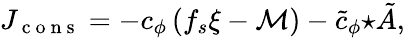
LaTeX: J_{\mathrm{~c~o~n~s~}}=-c_{\phi}\left(f_{s}\xi-{\cal M}\right)-\tilde{c}_{\phi}{\star\tilde{A}},